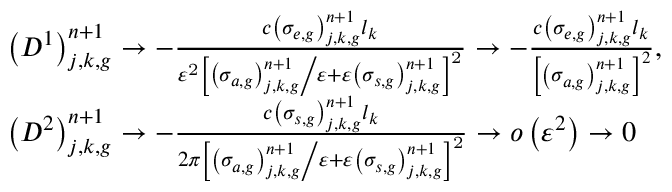
\begin{array} { l } { { \left( D ^ { 1 } \right) _ { j , k , g } ^ { n + 1 } \to - \frac { c \left( \sigma _ { e , g } \right) _ { j , k , g } ^ { n + 1 } l _ { k } } { \varepsilon ^ { \mathrm { 2 } } \left[ { \left( \sigma _ { a , g } \right) _ { j , k , g } ^ { n + 1 } \mathord { \left/ { \vphantom { \left( \sigma _ { a , g } \right) _ { j , k , g } ^ { n + 1 } \varepsilon } } \right. \kern - \nulldelimiterspace } \varepsilon } + \varepsilon \left( \sigma _ { s , g } \right) _ { j , k , g } ^ { n + 1 } \right] ^ { \mathrm { 2 } } } \to - \frac { c \left( \sigma _ { e , g } \right) _ { j , k , g } ^ { n + 1 } l _ { k } } { \left[ \left( \sigma _ { a , g } \right) _ { j , k , g } ^ { n + 1 } \right] ^ { 2 } } \mathrm { , } } } \\ { { \left( D ^ { 2 } \right) _ { j , k , g } ^ { n + 1 } \to - \frac { c \left( \sigma _ { s , g } \right) _ { j , k , g } ^ { n + 1 } l _ { k } } { 2 \pi \left[ { \left( \sigma _ { a , g } \right) _ { j , k , g } ^ { n + 1 } \mathord { \left/ { \vphantom { \left( \sigma _ { a , g } \right) _ { j , k , g } ^ { n + 1 } \varepsilon } } \right. \kern - \nulldelimiterspace } \varepsilon } + \varepsilon \left( \sigma _ { s , g } \right) _ { j , k , g } ^ { n + 1 } \right] ^ { \mathrm { 2 } } } \to o \left( \varepsilon ^ { 2 } \right) \to 0 } } \end{array}